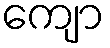
ကျော